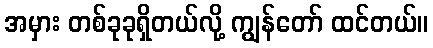
အမှား တစ်ခုခုရှိတယ်လို့ ကျွန်တော် ထင်တယ်။